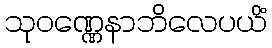
သုဝဏ္ဏေနာဘိလေပယိံ